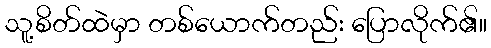
သူ့စိတ်ထဲမှာ တစ်ယောက်တည်း ပြောလိုက်၏။